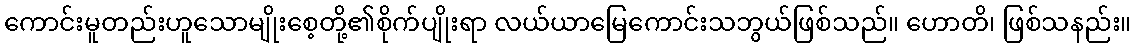
ကောင်းမူတည်းဟူသောမျိုးစေ့တို့၏စိုက်ပျိုးရာ လယ်ယာမြေကောင်းသဘွယ်ဖြစ်သည်။ ဟောတိ၊ ဖြစ်သနည်း။